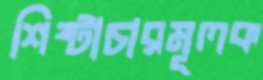
শিষ্টাচারমূলক